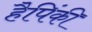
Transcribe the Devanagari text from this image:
हैपिंकी